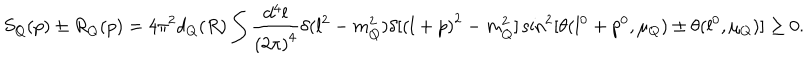
S _ { Q } ( p ) \pm R _ { Q } ( p ) = 4 \pi ^ { 2 } d _ { Q } ( R ) \int \frac { d ^ { 4 } l } { { ( 2 \pi ) } ^ { 4 } } \delta ( l ^ { 2 } - m _ { Q } ^ { 2 } ) \delta [ { ( l + p ) } ^ { 2 } - m _ { Q } ^ { 2 } ] \sin ^ { 2 } [ \theta ( l ^ { 0 } + p ^ { 0 } , \mu _ { Q } ) \pm \theta ( l ^ { 0 } , \mu _ { Q } ) ] \geq 0 .